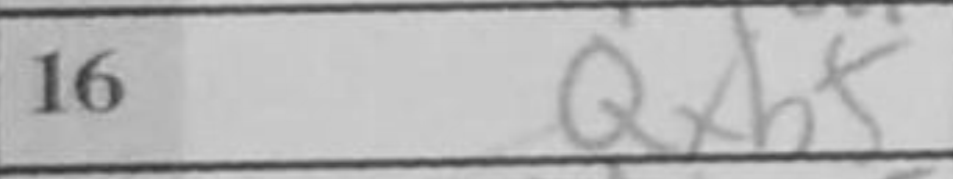
Transcription: Qxb5